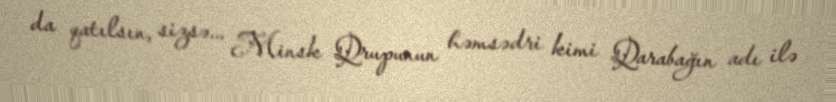
da qatılsın, sizsə... Minsk Qrupunun həmsədri kimi Qarabağın adı ilə